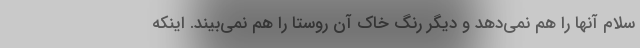
سلام آنها را هم نمی‌دهد و دیگر رنگ خاک آن روستا را هم نمی‌بیند. اینکه